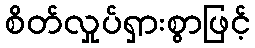
စိတ်လှုပ်ရှားစွာဖြင့်